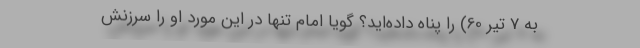
به 7 تیر 60) را پناه داده‌اید؟ گویا امام تنها در این مورد او را سرزنش